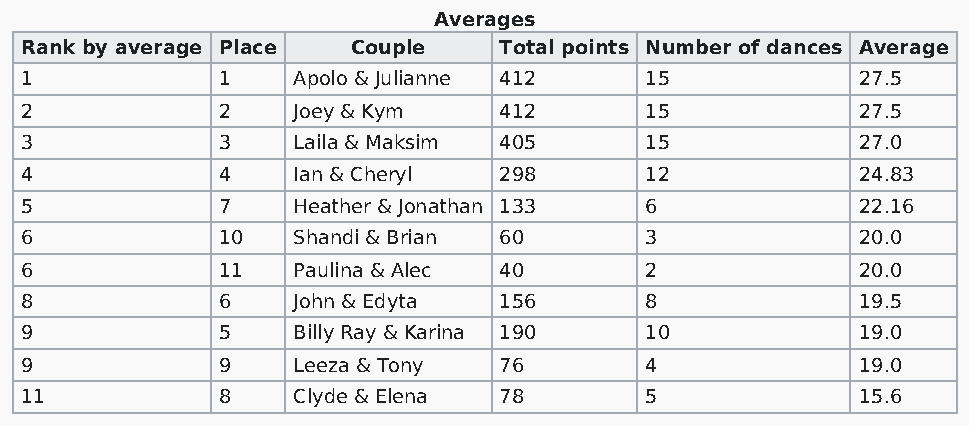
Averages
 Rank by average Place Couple    Total points Number of dances Average
 1            1    Apolo & Julianne 412    15            27.5
 2            2    Joey & Kym    412       15            27.5
 3            3    Laila & Maksim 405      15            27.0
 4            4    Ian & Cheryl  298       12            24.83
 5            7    Heather & Jonathan 133  6             22.16
 6            10   Shandi & Brian 60       3             20.0
 6            11   Paulina & Alec 40       2             20.0
 8            6    John & Edyta  156       8             19.5
 9            5    Billy Ray & Karina 190  10            19.0
 9            9    Leeza & Tony  76        4             19.0
 11           8    Clyde & Elena 78        5             15.6